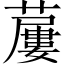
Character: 𧀓